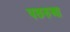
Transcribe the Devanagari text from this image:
पछरुआ